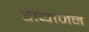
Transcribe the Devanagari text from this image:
डायाजेन